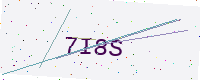
Text: 7I8S